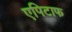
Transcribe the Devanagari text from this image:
एपिटाफ